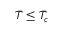
\Bar { T } \leq \Bar { T } _ { c }